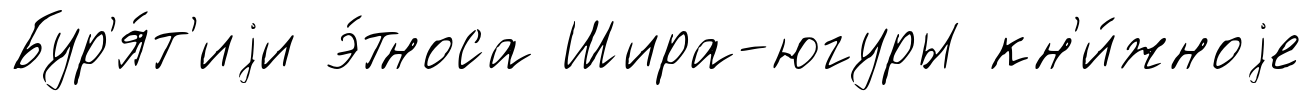
Бур'я́т'иjи э́тноса Шира-югуры кн'и́жноjе